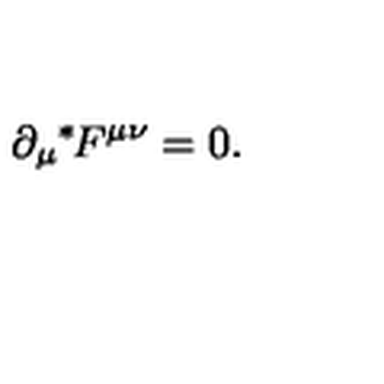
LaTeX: \partial _ { \mu } { } ^ { * } \! F ^ { \mu \nu } = 0 .